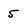
Character: 5